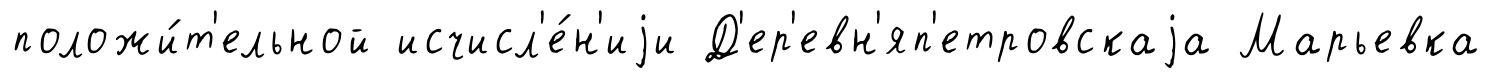
положи́т'ельной исчисл'е́н'иjи Д'ер'евн'яп'етровскаjа Марьевка